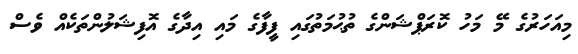
މިއަހަރުގެ މޭ މަހު ކޮރަޕްޝަންގެ ތުޙުމަތުގައި ފީފާގެ މައި އިދާގެ އޮފިޝަލުންތަކެއް ވެސް